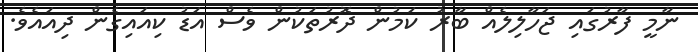
ނާމީ ފާރުގައި ޖަހާލިލެއް ބާރު ކަމުން ދޮރުތަކުން ވެސް އަޑު ކިއައިގެން ދިއައެވެ.